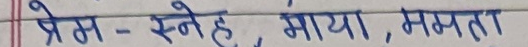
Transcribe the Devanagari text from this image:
प्रेम - स्नेह , माया , ममता